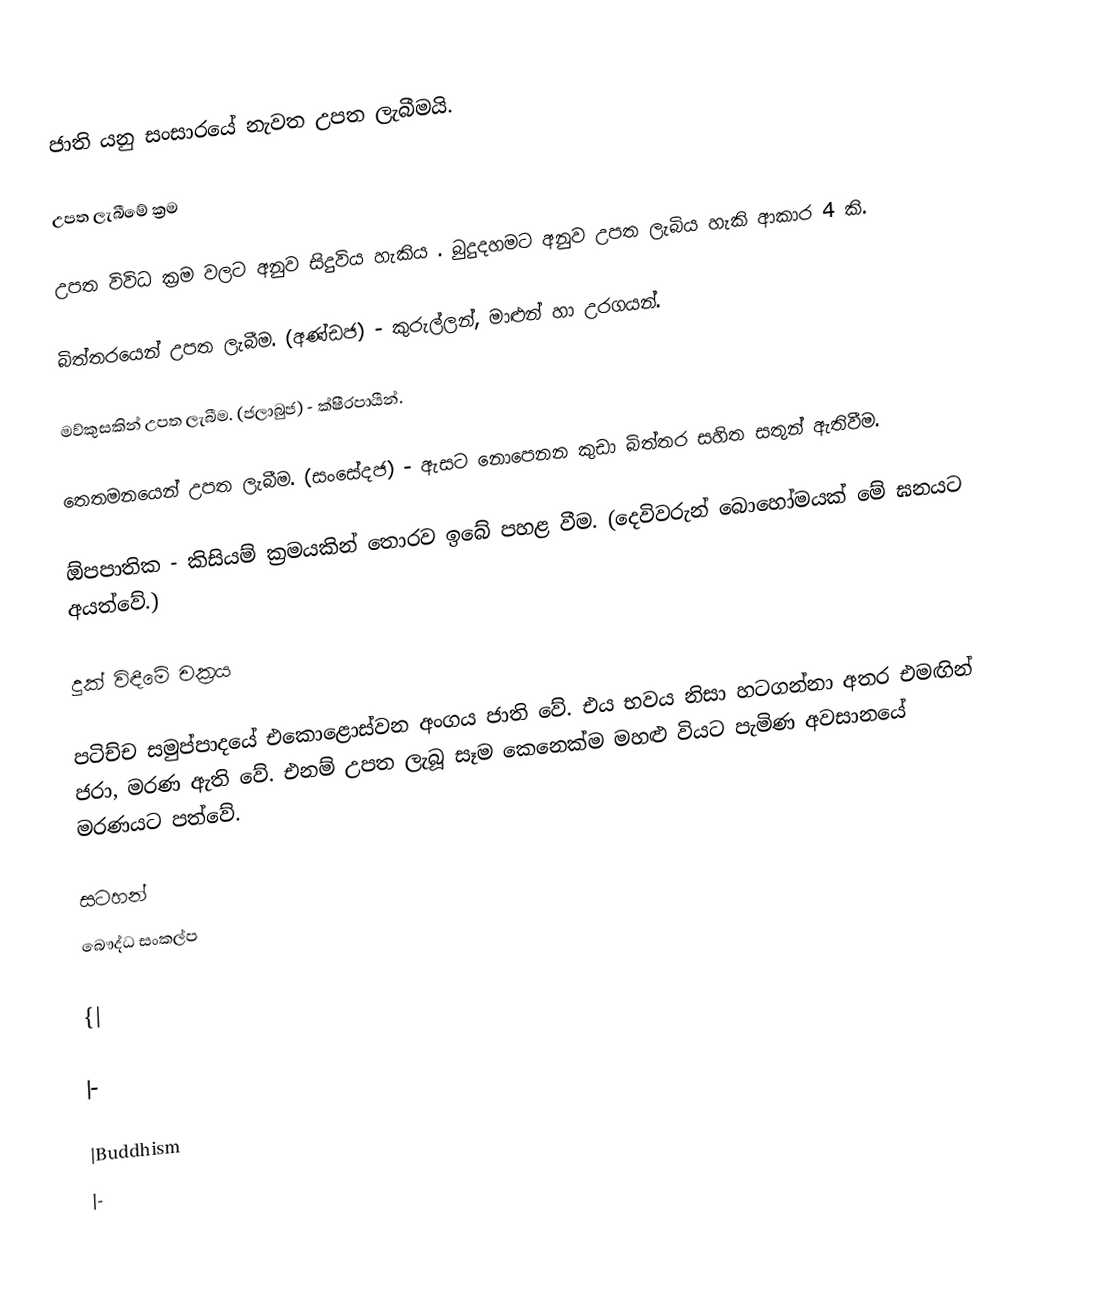
ජාති යනු සංසාරයේ නැවත උපත ලැබීමයි.

උපත ලැබීමේ ක්‍රම

උපත විවිධ ක්‍රම වලට අනුව සිදුවිය හැකිය . බුදුදහමට අනුව උපත ලැබිය හැකි ආකාර 4 කි.

	බිත්තරයෙන් උපත ලැබීම. (අණ්ඩජ) - කුරුල්ලන්, මාළුන් හා උරගයන්.

	මව්කුසකින් උපත ලැබීම. (ජලාබුජ)  - ක්ෂීරපායීන්.

	තෙතමනයෙන් උපත ලැබීම. (සංසේදජ) - ඇසට නොපෙනන කුඩා බිත්තර සහිත සතුන් ඇතිවීම.

	ඕපපාතික - කිසියම් ක්‍රමයකින් තොරව ඉබේ පහළ වීම. (දෙවිවරුන් බොහෝමයක් මේ ඝනයට අයත්වේ.)

දුක් විඳීමේ චක්‍රය

පටිච්ච සමුප්පාදයේ එකොළොස්වන අංගය ජාති වේ. එය භවය නිසා හටගන්නා අතර එමඟින් ජරා, මරණ ඇති වේ. එනම් උපත ලැබූ සෑම කෙනෙක්ම මහළු වියට පැමිණ අවසානයේ මරණයට පත්වේ.

සටහන්
බෞද්ධ සංකල්ප

{|

|-

|Buddhism
|-